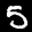
Label: 5